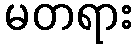
မတရား